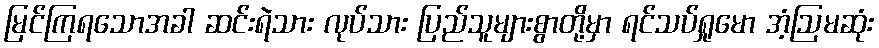
မြင်ကြရသောအခါ ဆင်းရဲသား လုပ်သား ပြည်သူများစွာတို့မှာ ရင်သပ်ရှုမော အံ့ဩမဆုံး